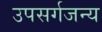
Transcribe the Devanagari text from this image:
उपसर्गजन्य